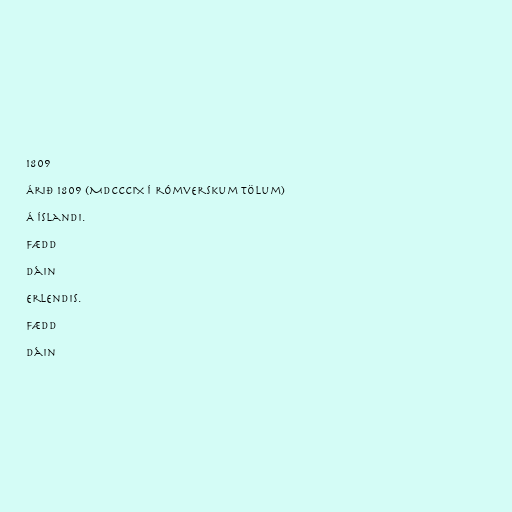
1809

Árið 1809 (MDCCCIX í rómverskum tölum)

Á Íslandi.

Fædd

Dáin

Erlendis.

Fædd

Dáin